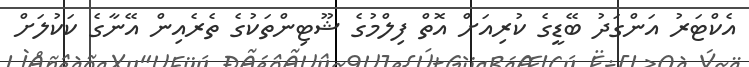
އެކްޓަރު އަންގަދު ބޭޑީގެ ކުރިއަށް އޮތް ފިލްމުގެ ޝޫޓިންތަކުގެ ތެރެއިން އޭނާގެ ކަކުލަށް